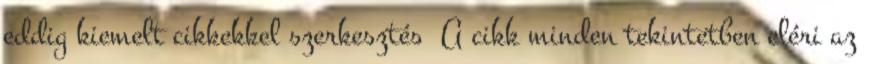
eddig kiemelt cikkekkel szerkesztés A cikk minden tekintetben eléri az